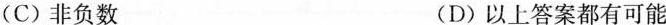
(C)非负数 (D)以上答案都有可能